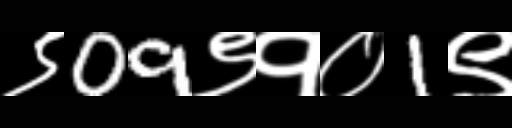
Text: ९09९१०1९